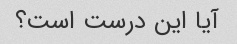
آیا این درست است؟